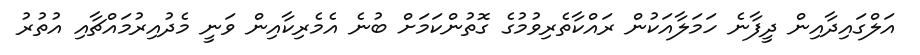
އަލްގައިދާއިން ދީފާނެ ހަމަލާއަކުން ރައްކާތެރިވުމުގެ ގޮތުންކަމަށް ބުނެ އެމެރިކާއިން ވަނީ މެދުއިރުމައްޗާއި އުތުރު